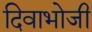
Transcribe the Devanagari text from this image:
दिवाभोजी